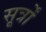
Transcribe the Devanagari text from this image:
सूर्त्रों